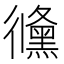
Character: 𢖛